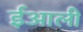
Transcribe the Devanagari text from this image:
ईआली